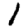
Digit: 1